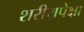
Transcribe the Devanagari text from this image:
शरीरापेक्षा